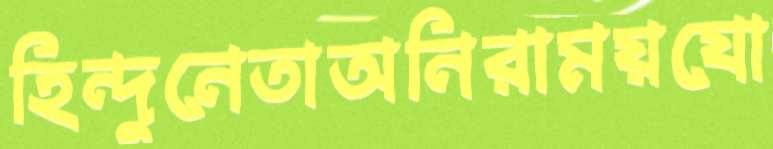
হিন্দুনেতাঅনিরাময়যো